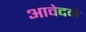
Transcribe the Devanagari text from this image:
आवेदने